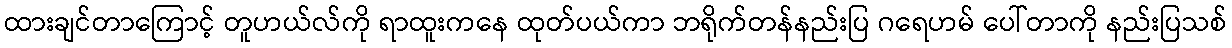
ထားချင်တာကြောင့် တူဟယ်လ်ကို ရာထူးကနေ ထုတ်ပယ်ကာ ဘရိုက်တန်နည်းပြ ဂရေဟမ် ပေါ်တာကို နည်းပြသစ်